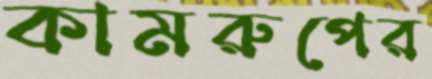
কামরুপের